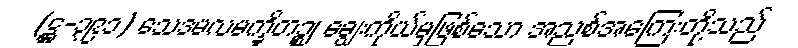
(ဋ္ဌ-၃၉၁) သေဒမလမက္ခိတဉ္စ၊ ချွေးကိုယ်မှဖြစ်သော အညစ်အကြေးတို့သည်